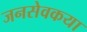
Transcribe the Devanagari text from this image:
जनसेवकया